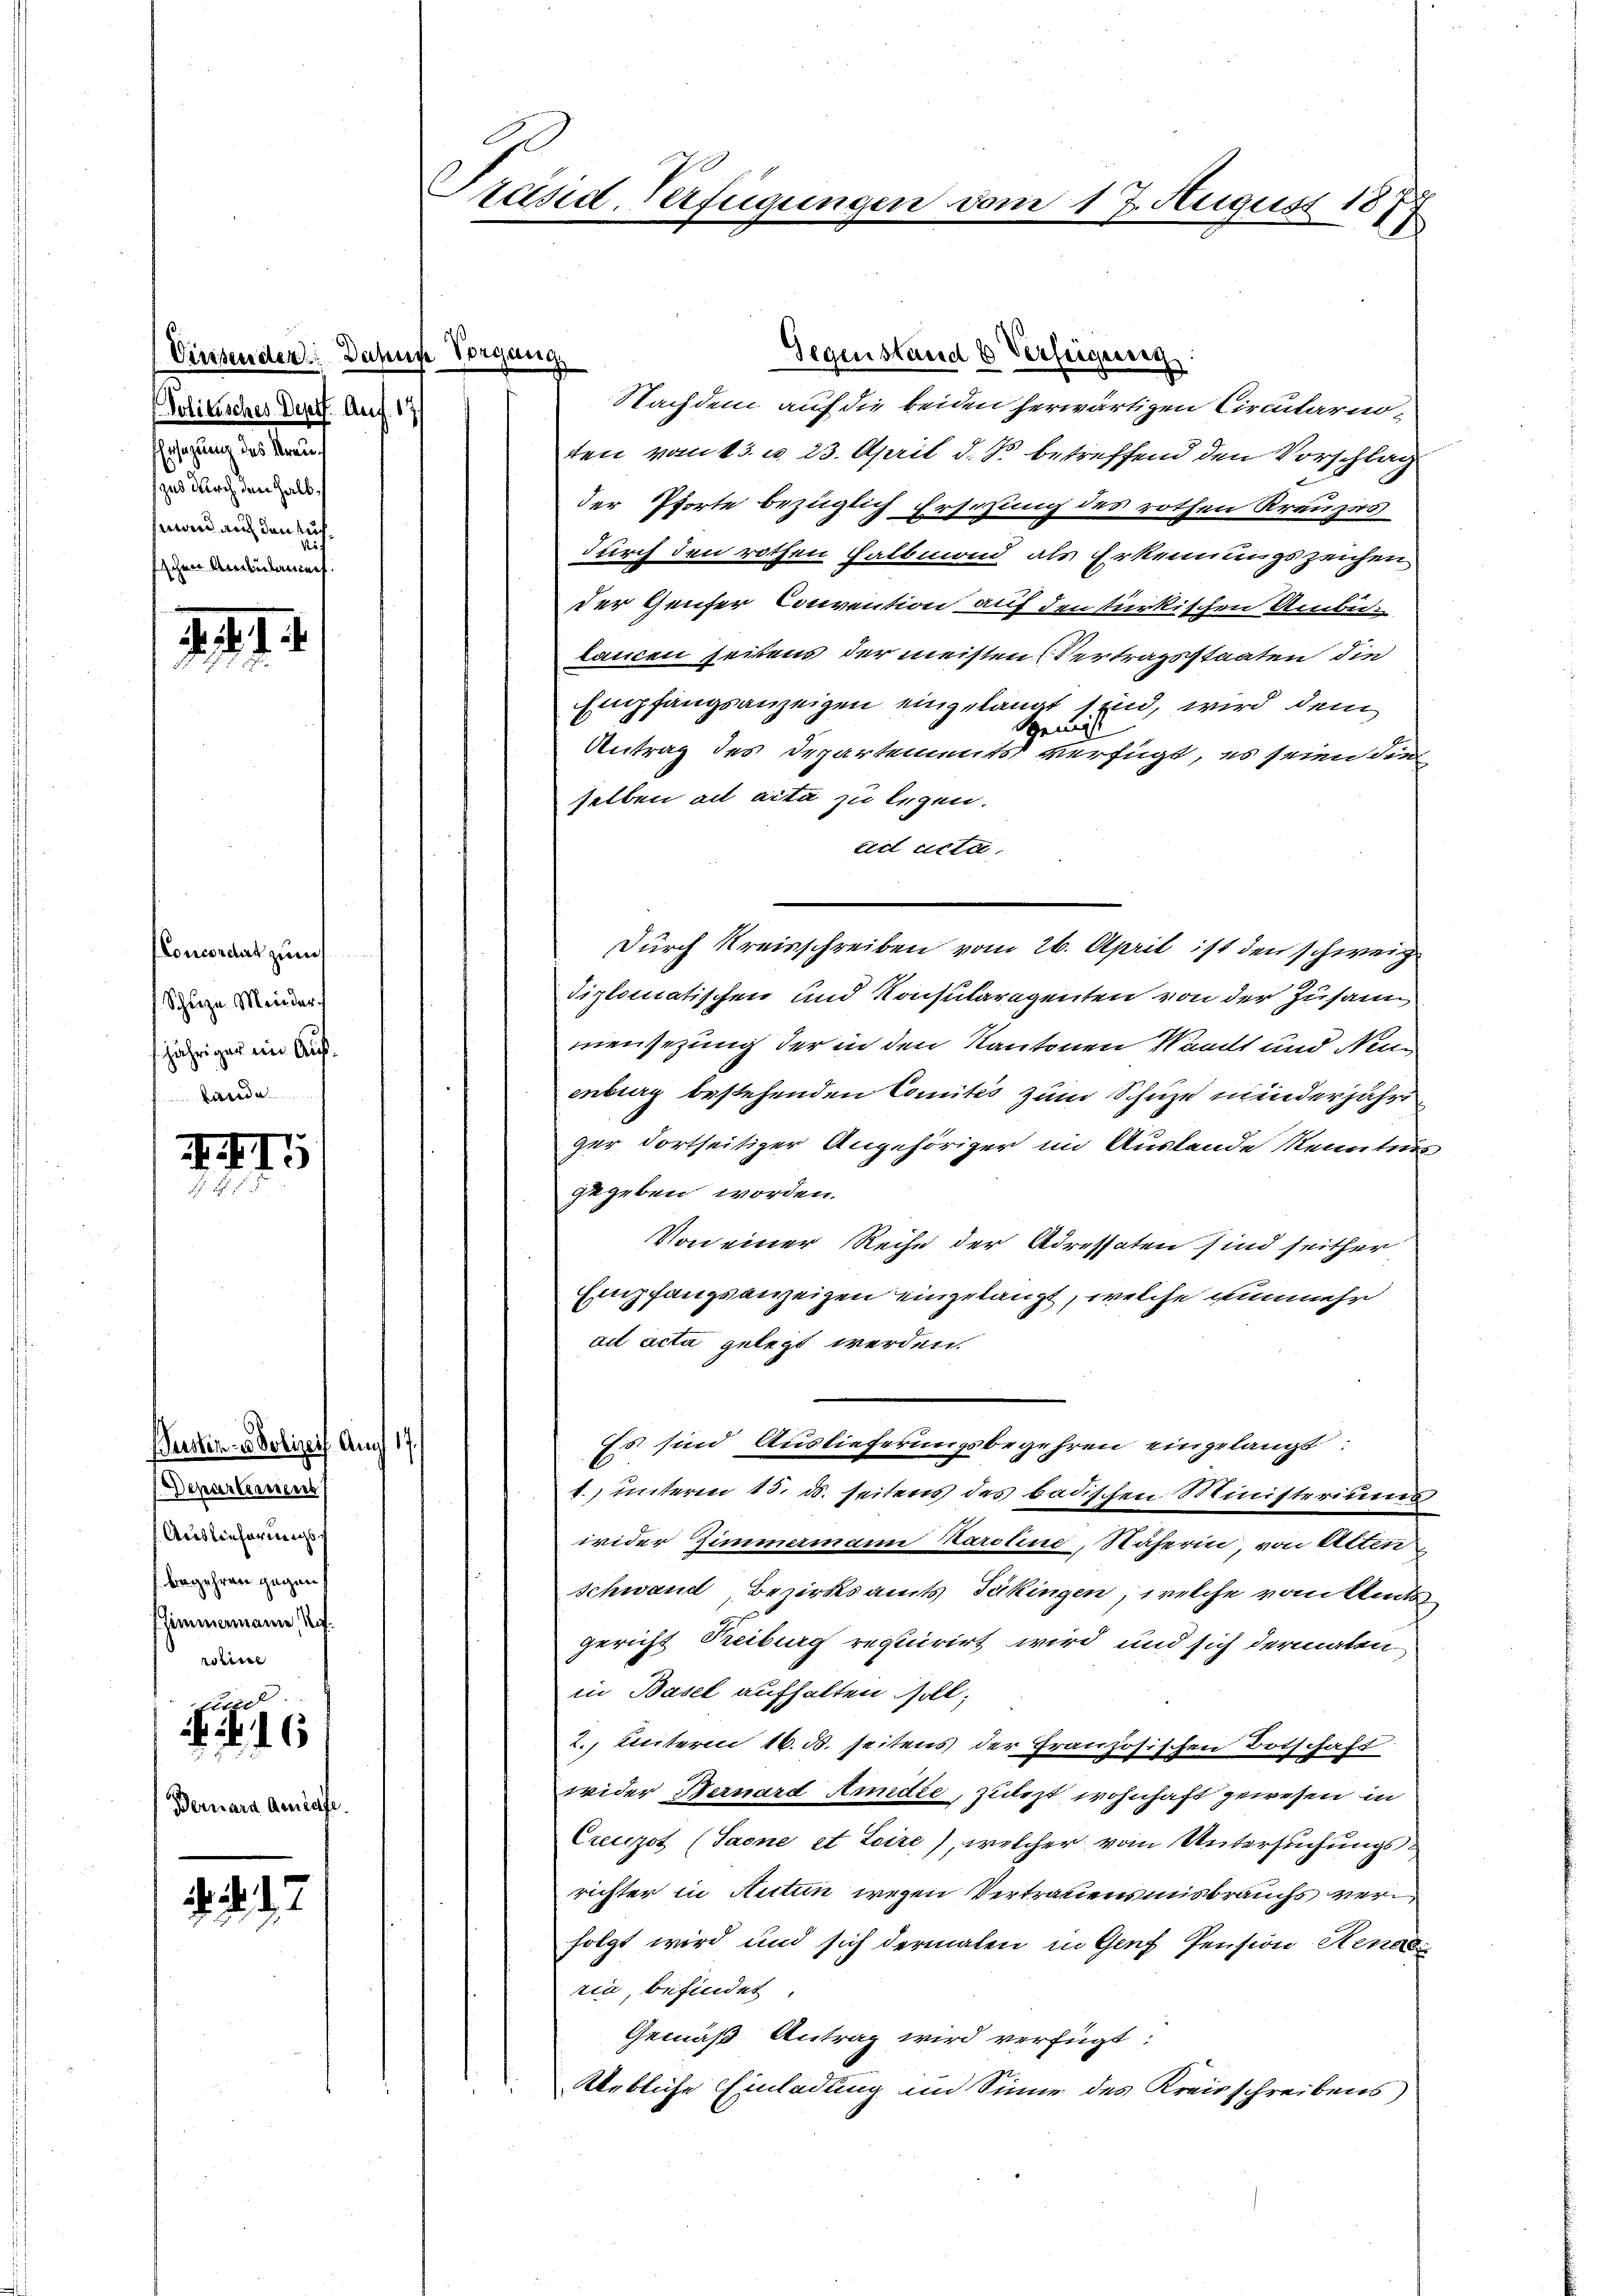
Viessenden. Dasus Vorgang
Politisches Deptf. Aug. 17
Ehrsagung des Strauzud durch den halb,
swand auch den suchschen Ambulaniech.

Concordat zum
Schuze Mein der
jähriger im Auf¬
Lande

Bustiz- u Polizeif Am
Departement
Auslieferungs
begehren gegen
himmermann, No.
roliner
fite |

241. 4

22

. . . 6

. . . .

Bernara Amrase

Präsid. Verfügung

Nachdem auf die beiden herwärtigen Circularnoten vom 13. d. 23. April d. Js. betreffend den Vorschlag
der Pforte bezüglich Ersezung des rothen Kreuzes
durch den rothen Halbmond als Erkennungszeichen
der Genfer Convention auf den türkischen Amberlancen seitens der meisten Vertragsstaaten die
Empfangsanzeigen eingelangt sind, wird dem
Sgemäss
Antrag des Departements verfügt, es seien die
selben ad acta zu legen.
ad acta.
durch Kreisschreiben vom 26. April ist den schweig
diplomatischen und Konsularagenten von der Zusam
mensezung der in den Kantonen Waadt und Nenn
enburg bestehenden Comités zum Schuze minderjährger dortseitiger Angehöriger im Austande Kenntnis
gegeben worden.
Von einer Reihe der Adressaten sind seither
Empfangsanzeigen eingelangt, welche nunmehr
ad acta gelegt werden.
Es sind Auslieferungsbegehren eingelangt.
¬
1. unteren 15. ds. seitens des badischen Ministeriums
wider Zimmermann Karoline, Näherin von Alten
Schwand Bezirksamts Täkingen, welche von Amtsgericht Treiburg requirirt wird und sich dermalen
in Basel aufhalten soll;
2., Enterm 16. d. seitens der Französischen Botschaft
wider Bernard Arndte, zulezt wohnhaft gewesen in
Creuzot (Saone et Leire) welcher vom Untersuchungsrichter in Autun wegen Vertrauensmisbrauchs verfolgt wird und sich dermalen in Genf Pension Rena
ria, befindet.
Gemäß Antrag wird verfügt:
Uebliche Einladung im Sinne des Kreisschreibens

Gegenstand b Verfeigeneig

17. August 1879